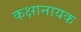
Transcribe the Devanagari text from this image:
कक्षानायक